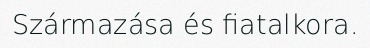
Származása és fiatalkora.